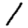
Digit: 1